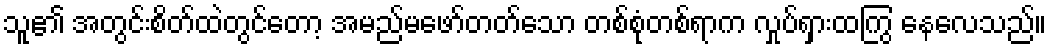
သူ၏ အတွင်းစိတ်ထဲတွင်တော့ အမည်မဖော်တတ်သော တစ်စုံတစ်ရာက လှုပ်ရှားထကြွ နေလေသည်။